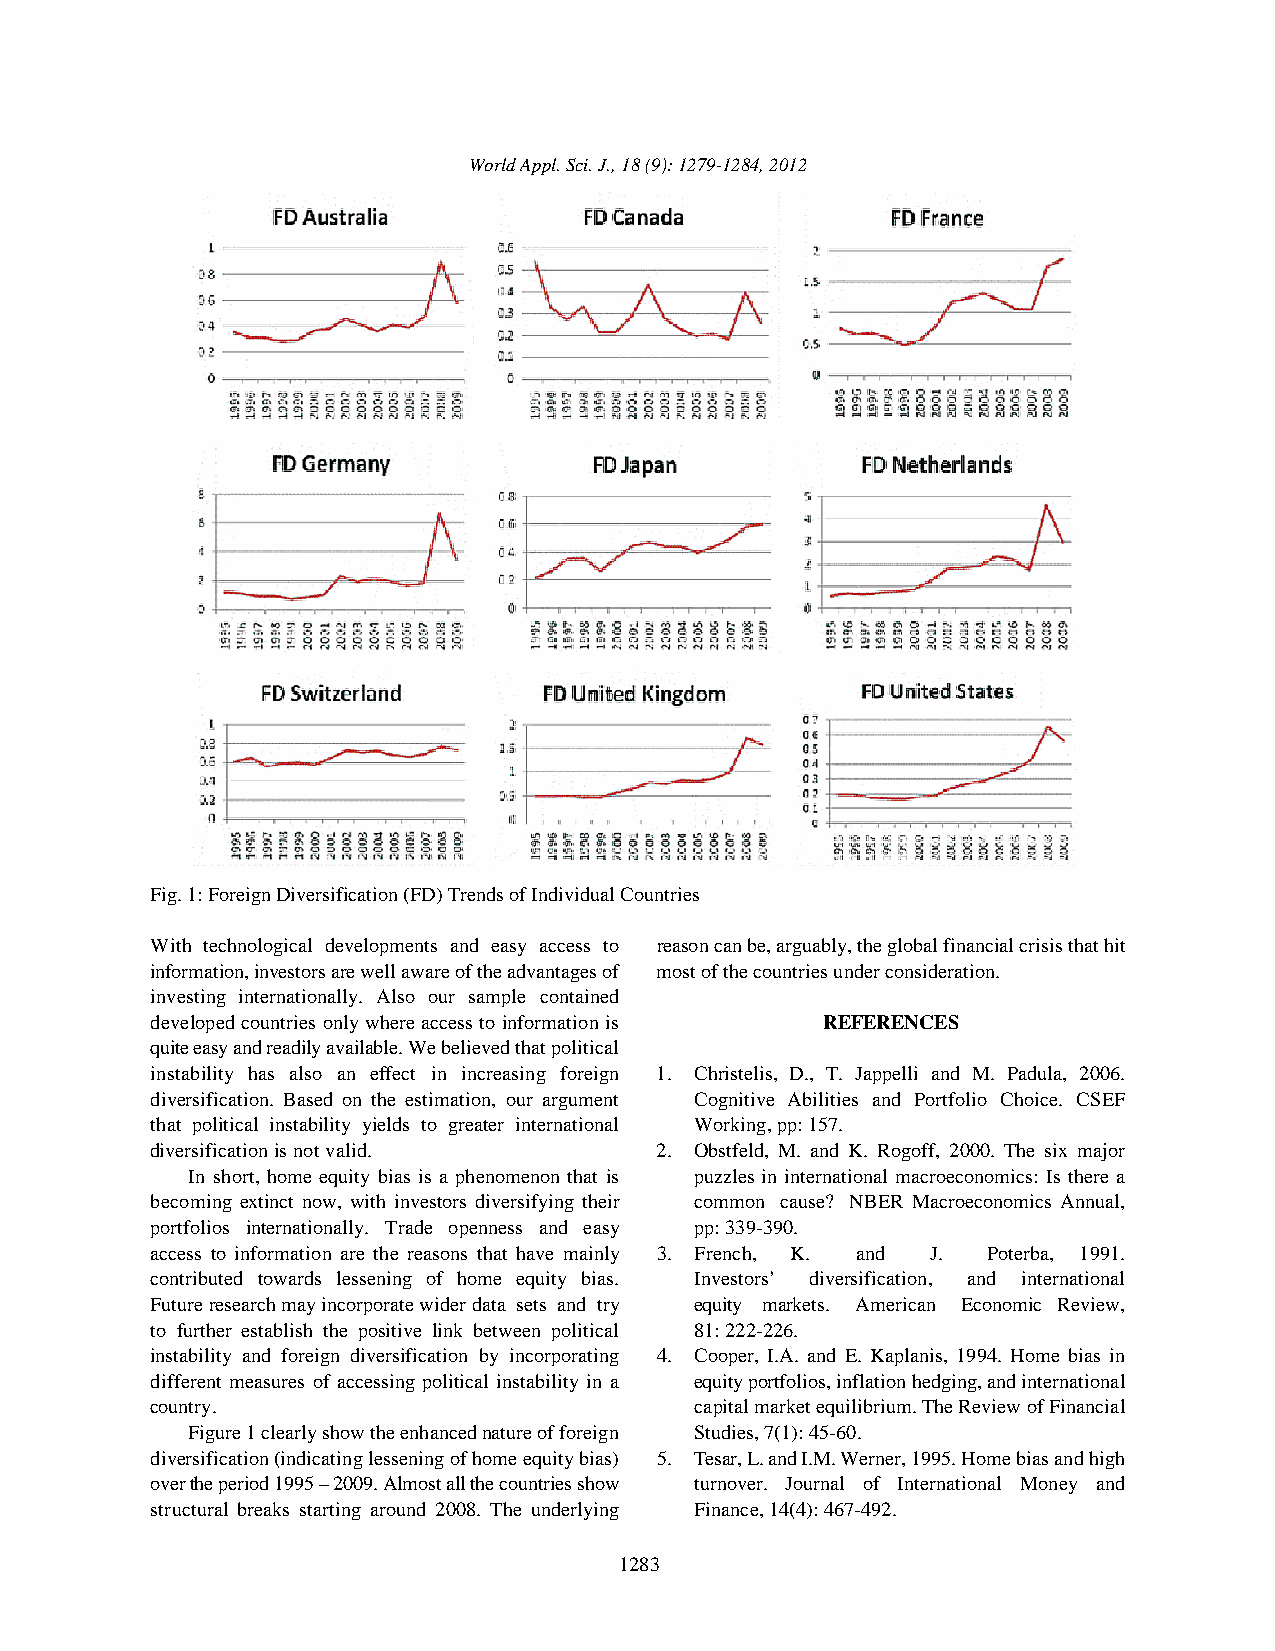
World Appl. Sci. J., 18 (9): 1279-1284, 2012
 Fig. 1: Foreign Diversification (FD) Trends of Individual Countries
 With technological developments and easy access to reason can be, arguably, the global financial crisis that hit
 information, investors are well aware of the advantages of most of the countries under consideration.
 investing internationally. Also our sample contained
 developed countries only where access to information is REFERENCES
 quite easy and readily available. We believed that political
 instability has also an effect in increasing foreign 1. Christelis, D., T. Jappelli and M. Padula, 2006.
 diversification. Based on the estimation, our argument Cognitive Abilities and Portfolio Choice. CSEF
 that political instability yields to greater international Working, pp: 157.
 diversification is not valid.    2. Obstfeld, M. and K. Rogoff, 2000. The six major
 In short, home equity bias is a phenomenon that is puzzles in international macroeconomics: Is there a
 becoming extinct now, with investors diversifying their common cause? NBER Macroeconomics Annual,
 portfolios internationally. Trade openness and easy pp: 339-390.
 access to information are the reasons that have mainly 3. French, K. and J. Poterba, 1991.
 contributed towards lessening of home equity bias. Investors’ diversification, and international
 Future research may incorporate wider data sets and try equity markets. American Economic Review,
 to further establish the positive link between political 81: 222-226.
 instability and foreign diversification by incorporating 4. Cooper, I.A. and E. Kaplanis, 1994. Home bias in
 different measures of accessing political instability in a equity portfolios, inflation hedging, and international
 country.                            capital market equilibrium. The Review of Financial
 Figure 1 clearly show the enhanced nature of foreign Studies, 7(1): 45-60.
 diversification (indicating lessening of home equity bias) 5. Tesar, L. and I.M. Werner, 1995. Home bias and high
 over the period 1995 – 2009. Almost all the countries show turnover. Journal of International Money and
 structural breaks starting around 2008. The underlying Finance, 14(4): 467-492.
 1283